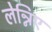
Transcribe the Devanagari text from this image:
लेन्निए